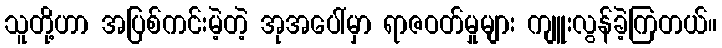
သူတို့ဟာ အပြစ်ကင်းမဲ့တဲ့ အုအပေါ်မှာ ရာဇဝတ်မှုများ ကျူးလွန်ခဲ့ကြတယ်။